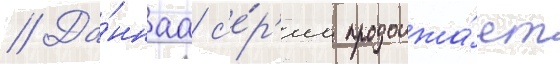
// Да́ннаа с'е́р'иа продолжа́ет